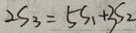
2 S _ { 3 } = 5 S _ { 1 } + 3 S _ { 2 }